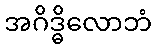
အဂိဒ္ဓိလောဘံ